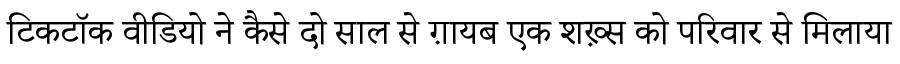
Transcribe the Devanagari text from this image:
टिकटॉक वीडियो ने कैसे दो साल से ग़ायब एक शख़्स को परिवार से मिलाया